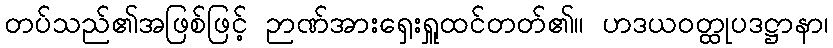
တပ်သည်၏အဖြစ်ဖြင့် ဉာဏ်အားရှေးရှူထင်တတ်၏။ ဟဒယဝတ္ထုပဒဋ္ဌာနာ၊